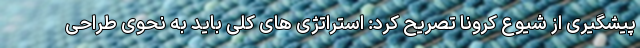
پیشگیری از شیوع کرونا تصریح کرد: استراتژی های کلی باید به نحوی طراحی